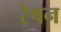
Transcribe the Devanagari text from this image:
रेषन